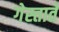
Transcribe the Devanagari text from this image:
गेस्ताते